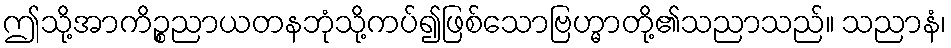
ဤသို့အာကိဉ္စညာယတနဘုံသို့ကပ်၍ဖြစ်သောဗြဟ္မာတို့၏သညာသည်။ သညာနံ၊